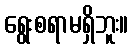
ရွေးစရာမရှိဘူး။